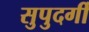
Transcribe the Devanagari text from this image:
सुपुदर्गी